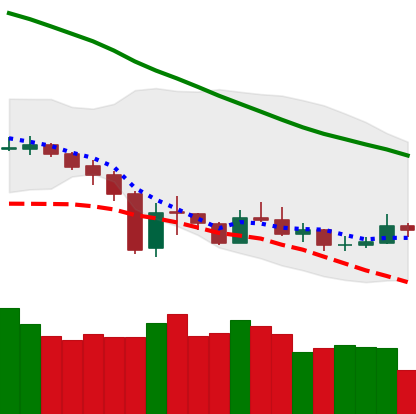
Ticker: XMR-USD
Chart end date: 2019-12-30
Forward return: 8.686%
Label: up_7plus